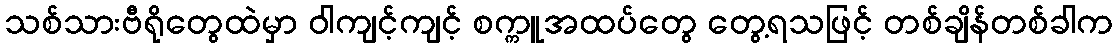
သစ်သားဗီရိုတွေထဲမှာ ဝါကျင့်ကျင့် စက္ကူအထပ်တွေ တွေ့ရသဖြင့် တစ်ချိန်တစ်ခါက